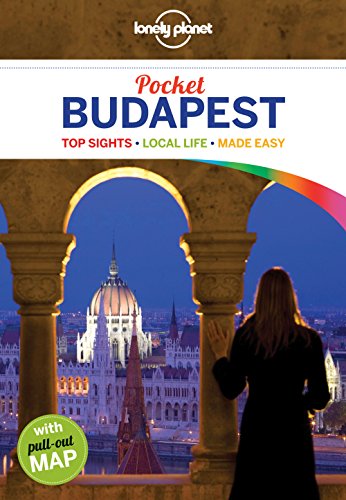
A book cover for Lonely Planet Pocket Budapest (Travel Guide); Lonely Planet; Travel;